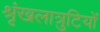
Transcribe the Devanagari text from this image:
श्रृंखलात्रुटियों